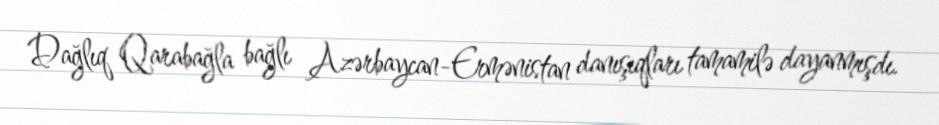
Dağlıq Qarabağla bağlı Azərbaycan-Ermənistan danışıqları tamamilə dayanmışdı.